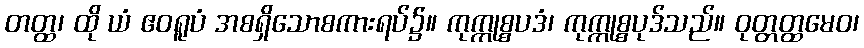
တတ္ထ၊ ထို ယံ ဧဝရူပံ အစရှိသောစကားရပ်၌။ ကုက္ကုစ္စပဒံ၊ ကုက္ကုစ္စပုဒ်သည်။ ဝုတ္တတ္ထမေဝ၊